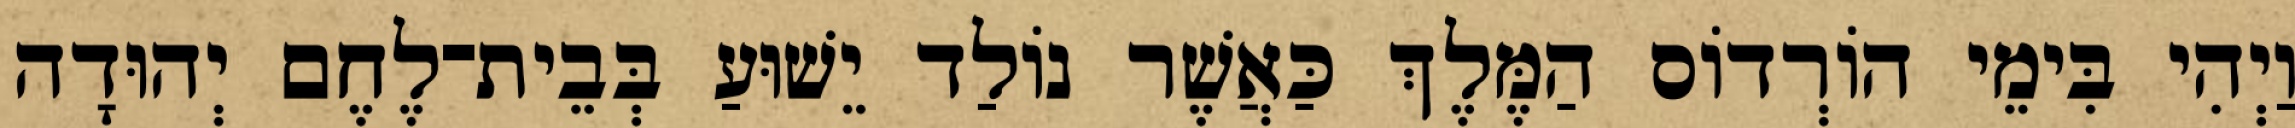
וַיְהִי בִּימֵי הוֹרְדוֹס הַמֶּלֶךְ כַּאֲשֶׁר נוֹלַד יֵשׁוּעַ בְּבֵית־לֶחֶם יְהוּדָה